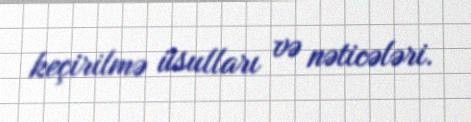
keçirilmə üsulları və nəticələri.